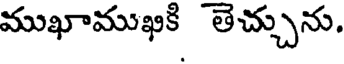
ముఖాముఖకి తెచ్చును.